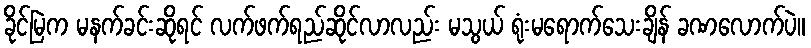
ခိုင်မြဲက မနက်ခင်းဆိုရင် လက်ဖက်ရည်ဆိုင်လာလည်း မသွယ် ရုံးမရောက်သေးချိန် ခဏလောက်ပဲ။